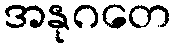
အနုဂတေ